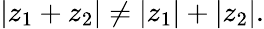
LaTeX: |z_{1}+z_{2}|\neq|z_{1}|+|z_{2}|.